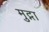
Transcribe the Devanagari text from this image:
मुद्गा